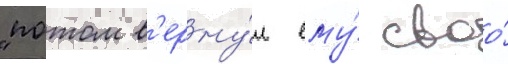
"потом в'ерну́л ему́ своо́